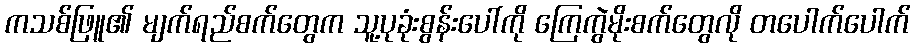
ကသစ်ဖြူ၏ မျက်ရည်စက်တွေက သူ့ပုခုံးစွန်းပေါ်ကို ကြေကွဲမိုးစက်တွေလို တပေါက်ပေါက်